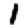
Digit: 1